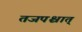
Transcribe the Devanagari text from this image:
तजपश्चात्